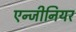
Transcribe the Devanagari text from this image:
एन्जीनियर